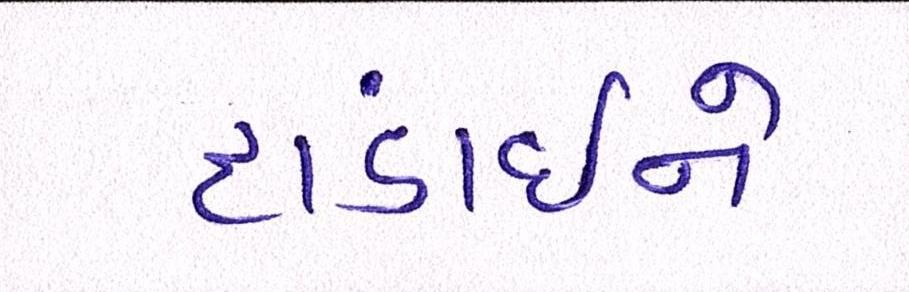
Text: દાંડાઈને